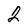
Character: 2